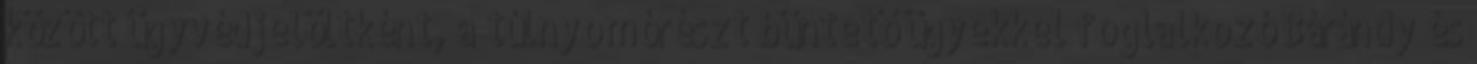
között ügyvédjelöltként, a túlnyomórészt büntető ügyekkel foglalkozó Bárándy és